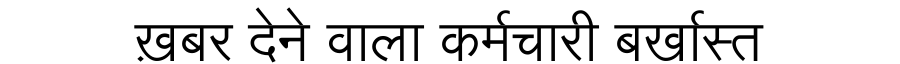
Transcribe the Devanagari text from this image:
ख़बर देने वाला कर्मचारी बर्खास्त